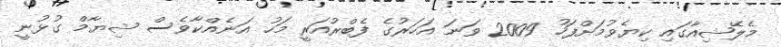
މެލޭޝިއާގައި ކިޔެވުމަށްފަހު 2009 ވަނަ އަހަރުގެ ފެބްރުއަރީ މަހު އަނެއްކާވެސް ޝިޔާމް ގުޅުނީ